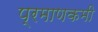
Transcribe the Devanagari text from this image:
प्रमाणकमी